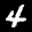
Label: 4